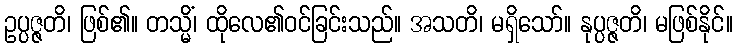
ဥပ္ပဇ္ဇတိ၊ ဖြစ်၏။ တသ္မိံ၊ ထိုလေ၏ဝင်ခြင်းသည်။ အသတိ၊ မရှိသော်။ နုပ္ပဇ္ဇတိ၊ မဖြစ်နိုင်။